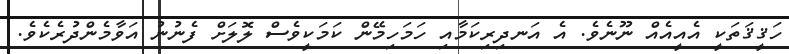
ހަޤީޤަތަކީ އެއީއެއް ނޫނެވެ. އެ އަނދިރިކަމާއި ހަމަހިމޭން ކަމަކީވެސް ލޮލަށް ފެނުނު އަވާމެންދުރެކެވެ.